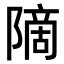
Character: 𫕒